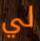
لي